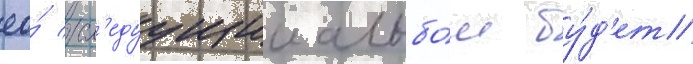
ео́ сл'едуущии альбо́м бу́д'ет